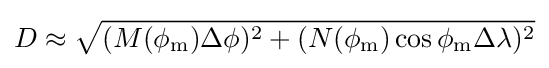
D\approx {\sqrt {(M(\phi _{\mathrm {m} })\Delta \phi )^{2}+(N(\phi _{\mathrm {m} })\cos \phi _{\mathrm {m} }\Delta \lambda )^{2}}}